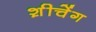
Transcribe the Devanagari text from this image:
श़ीचेंग